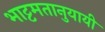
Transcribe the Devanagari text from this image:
भाट्टमतानुयायी